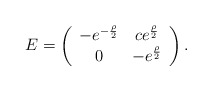
\begin{align*}E=\left(\begin{array}{cc}-e^{-{\rho\over2}} & ce^{\rho\over2} \\0 & -e^{\rho\over2}\end{array}\right).\end{align*}